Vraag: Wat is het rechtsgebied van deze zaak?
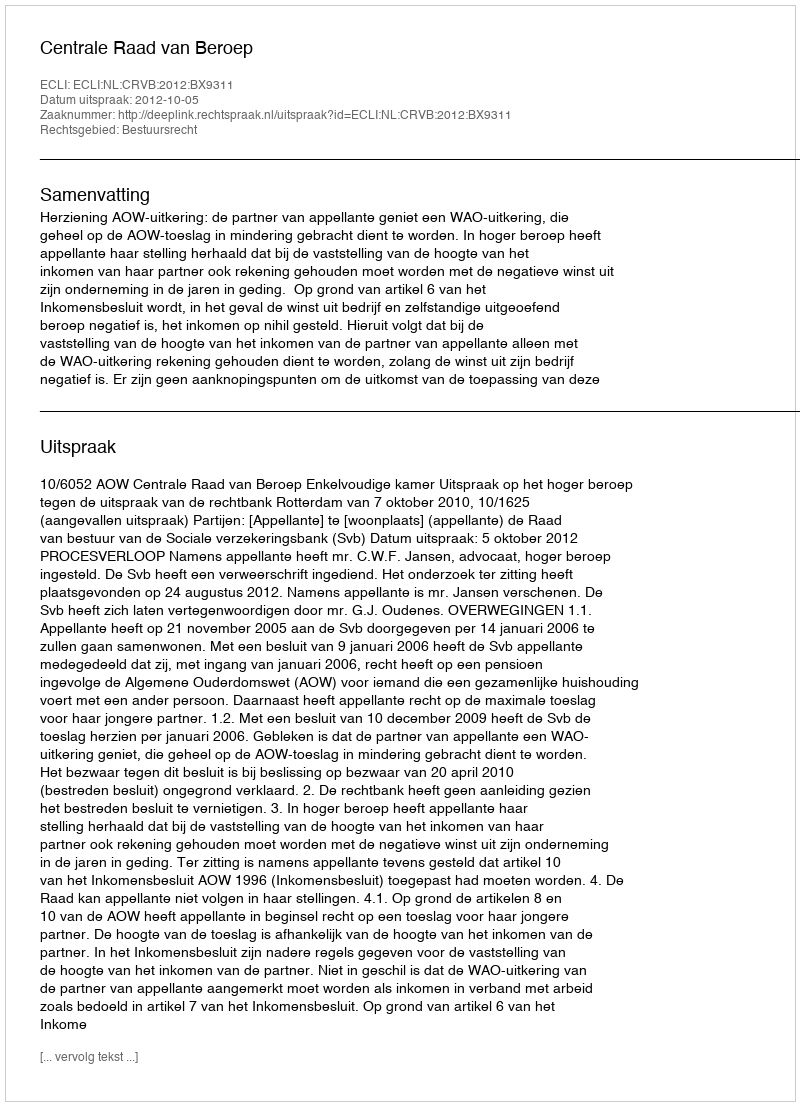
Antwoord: Bestuursrecht